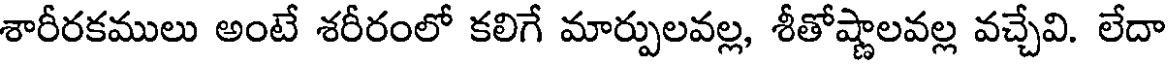
శారీరకములు అంటే శరీరంలో కలిగే మార్పులవల్ల, శీతోష్ణాలవల్ల వచ్చేవి. లేదా